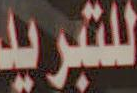
للتبريد